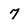
Character: 7